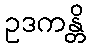
ဥဒကန္တိ